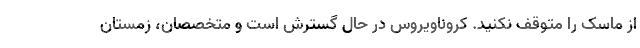
از ماسک را متوقف نکنید. کروناویروس در حال گسترش است و متخصصان، زمستان